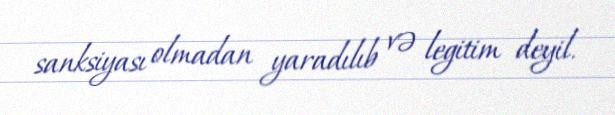
sanksiyası olmadan yaradılıb və legitim deyil.